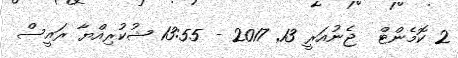
2 ކޮމެންޓް  ޖެނުއަރީ 13